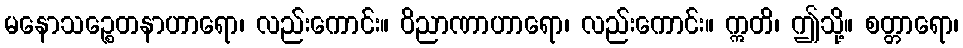
မနောသဉ္စေတနာဟာရော၊ လည်းကောင်း။ ဝိညာဏာဟာရော၊ လည်းကောင်း။ ဣတိ၊ ဤသို့။ စတ္တာရော၊